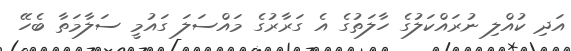
އަދި ކުއްލި ނުރައްކަލުގެ ހާލަތުގެ އެ ގަރާރުގެ މައްސަލަ ގަައުމީ ސަލާމަތާ ބެހޭ